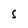
Character: S